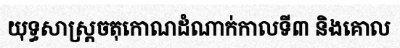
យុទ្ធសាស្ត្រចតុកោណដំណាក់កាលទី៣ និងគោល